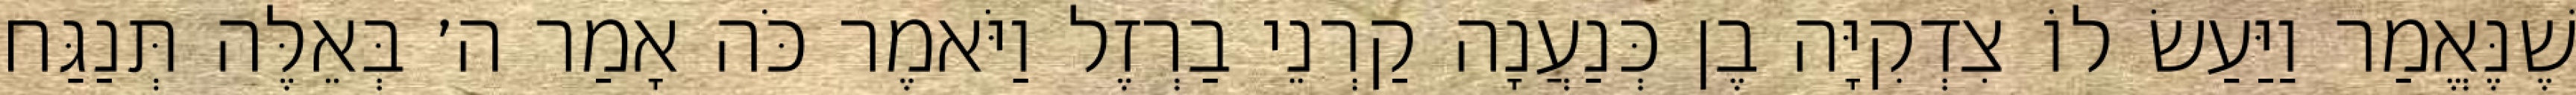
שֶׁנֶּאֱמַר וַיַּעַשׂ לוֹ צִדְקִיָּה בֶן כְּנַעֲנָה קַרְנֵי בַרְזֶל וַיֹּאמֶר כֹּה אָמַר ה׳ בְּאֵלֶּה תְּנַגַּח